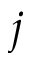
j